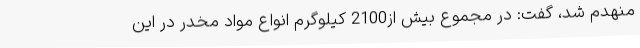
منهدم شد، گفت: در مجموع بیش از2100 کیلوگرم انواع مواد مخدر در این